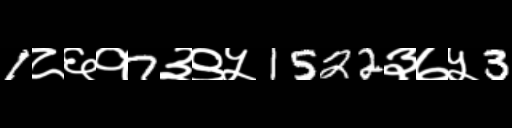
Text: 1८६१7३९५1522३७५3